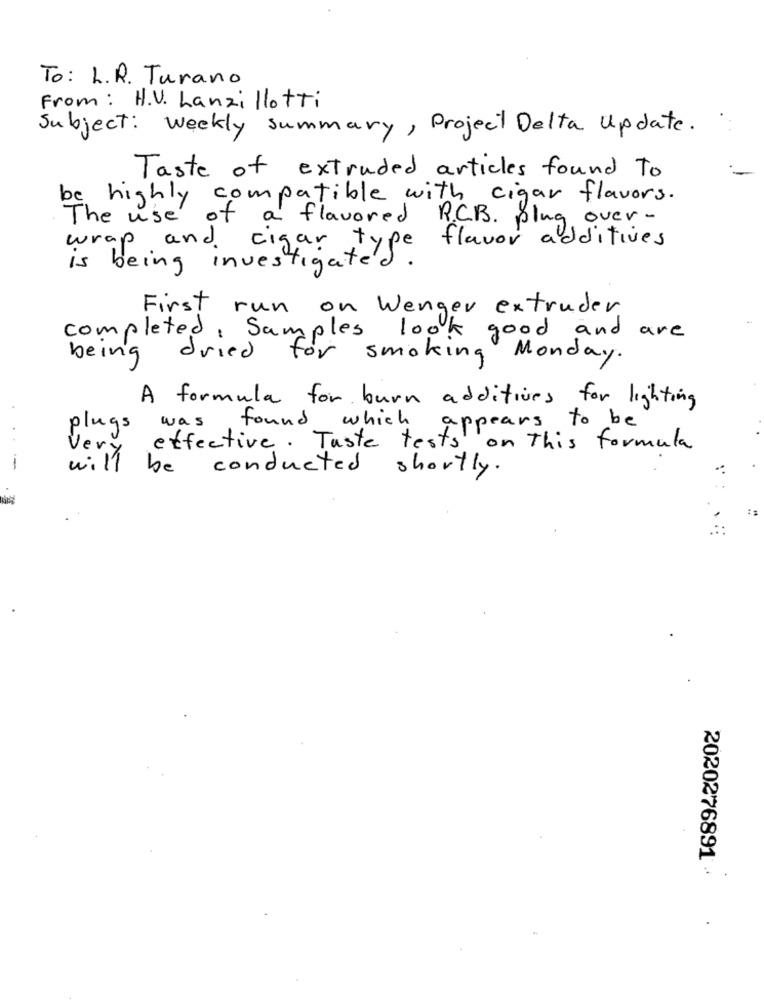
To: L.R. Turano
From: H.V. Lanzillotti
Subject: Weekly summary, Project Delta Update.
Taste of extruded articles found To
be highly compatible with cigar flavors.
The use of a flavored R.C.B. plug over-
flavor additives
wrap and cigar type
is being investigated.
First run on Wenger extruder
completed, Samples look good and are
being
dried for smoking Monday.
A formula for burn additives for lighting
plugs was found which
appears to be
effective . Taste tests
Very
on This formula
--
will be
conducted
shortly.
2020276891 .